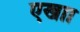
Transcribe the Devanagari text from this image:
एखाा